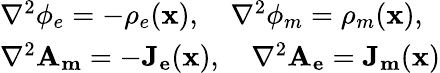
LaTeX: \begin{array}{l}{{\nabla^{2}\phi_{e}=-\rho_{e}(\mathbf{x}),~~~~\nabla^{2}\phi_{m}=\rho_{m}(\mathbf{x}),}}\\ {{\nabla^{2}\mathbf{A_{m}}=-\mathbf{J_{e}}(\mathbf{x}),~~~~\nabla^{2}\mathbf{A_{e}}=\mathbf{J_{m}}(\mathbf{x})}}\end{array}